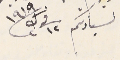
لسيادتكم فى ١٢ ك٢ ١٩١٩